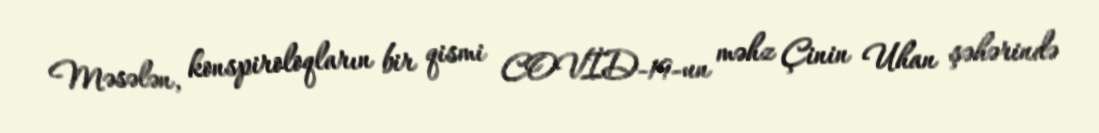
Məsələn, konspiroloqların bir qismi COVİD-19-un məhz Çinin Uhan şəhərində